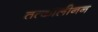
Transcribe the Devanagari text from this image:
तत्कालीनन